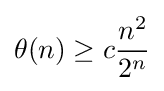
\theta (n)\geq c{\frac {n^{2}}{2^{n}}}